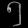
Digit: ၅